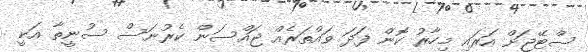
ސްޓޭޖަށް އަރައި މިހާރު ކޮން ފަދަ ވައްތަރެއް ޖައްސަން ކެރުނަސް ސުނީތާ އަކީ